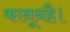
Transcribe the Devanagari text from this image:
कानूनहै।